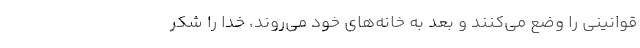
قوانینی را وضع می‌کنند و بعد به خانه‌های خود می‌روند، خدا را شکر